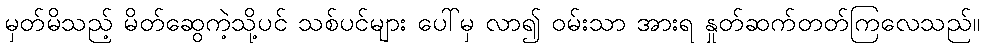
မှတ်မိသည့် မိတ်ဆွေကဲ့သို့ပင် သစ်ပင်များ ပေါ်မှ လာ၍ ဝမ်းသာ အားရ နှုတ်ဆက်တတ်ကြလေသည်။